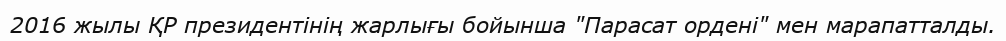
2016 жылы ҚР президентінің жарлығы бойынша "Парасат ордені" мен марапатталды.